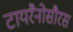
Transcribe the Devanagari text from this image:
टायरैनोसौरस